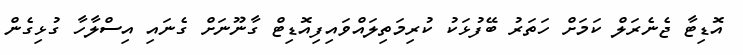
އޮޑިޓާ ޖެނެރަލް ކަމަށް ހަތަރު ބޭފުޅަކު ކުރިމަތިލައްވައިފިއޮޑިޓް ގާނޫނަށް ގެނައި އިސްލާހާ ގުޅިގެން